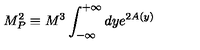
M _ { P } ^ { 2 } \equiv M ^ { 3 } \int _ { - \infty } ^ { + \infty } d y e ^ { 2 A ( y ) }